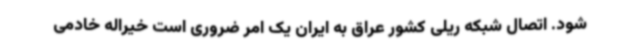
شود. اتصال شبکه ریلی کشور عراق به ایران یک امر ضروری است خیراله خادمی